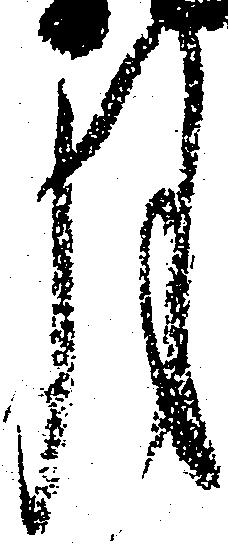
月